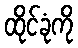
ထိုင်ခုံကို